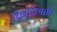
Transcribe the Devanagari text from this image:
फ़्रिटिलरी